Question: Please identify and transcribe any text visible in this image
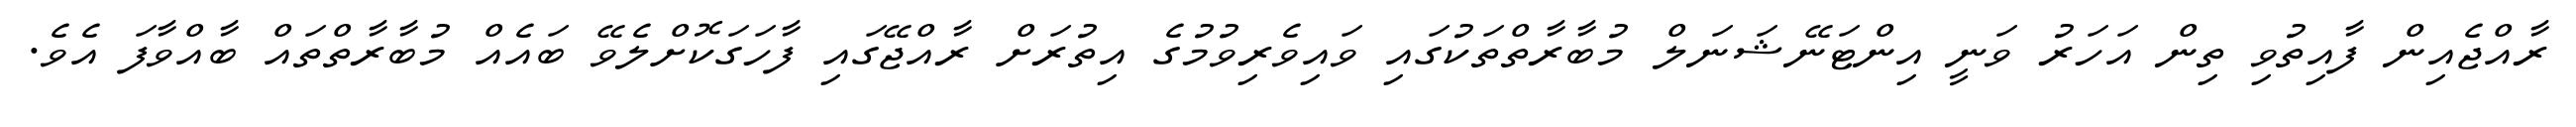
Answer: ރާއްޖެއިން ފާއިތުވި ތިން އަހަރު ވަނީ އިންޓަނޭޝަނަލް މުބާރާތްތަކުގައި ވައިވެރިވުމުގެ އިތުރަށް ރާއްޖޭގައި ފާހަގަކޮށްލެވޭ ބައެއް މުބާރާތްތައް ބާއްވާފަ އެވެ.